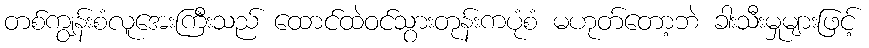
တစ်ကျွန်းစံလူအေးကြီးသည် ထောင်ထဲဝင်သွားတုန်းကပုံစံ မဟုတ်တော့ဘဲ ခါးသီးမှုများဖြင့်